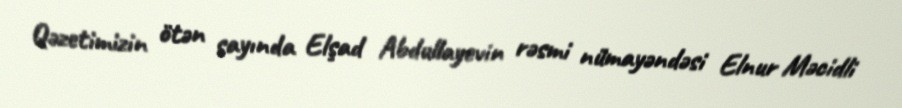
Qəzetimizin ötən sayında Elşad Abdullayevin rəsmi nümayəndəsi Elnur Məcidli